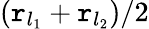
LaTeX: (\mathtt{r}_{l_{1}}+\mathtt{r}_{l_{2}})/2